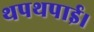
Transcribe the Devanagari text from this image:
थपथपाई।